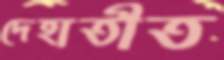
দেহাতীত